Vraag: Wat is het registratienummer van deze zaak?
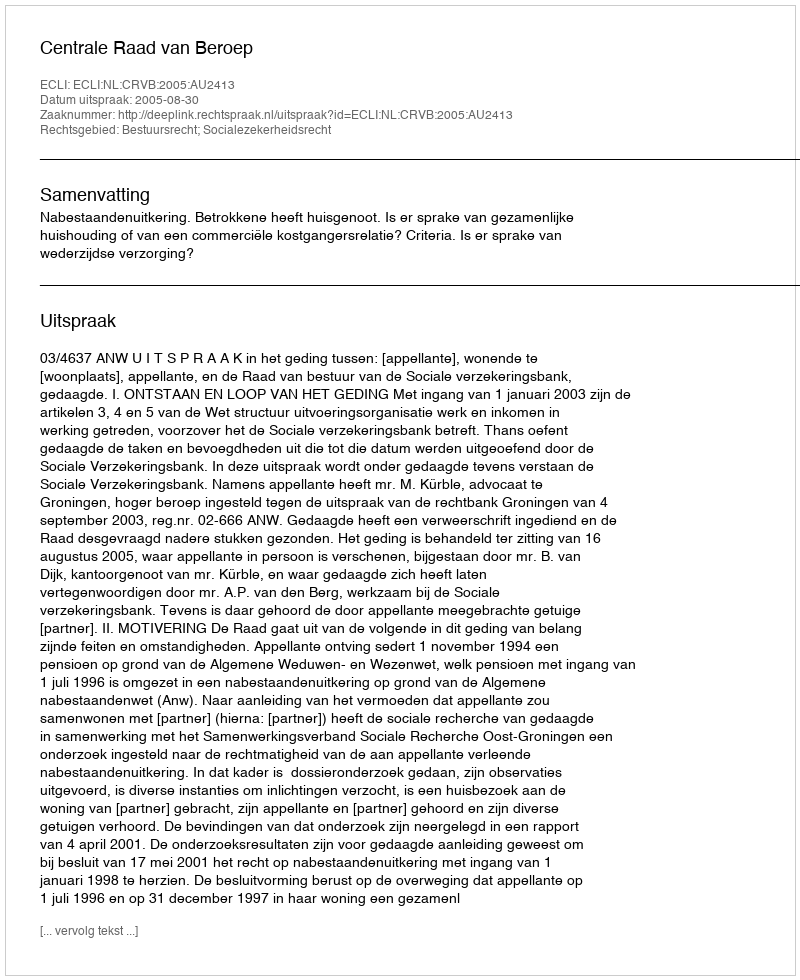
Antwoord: http://deeplink.rechtspraak.nl/uitspraak?id=ECLI:NL:CRVB:2005:AU2413